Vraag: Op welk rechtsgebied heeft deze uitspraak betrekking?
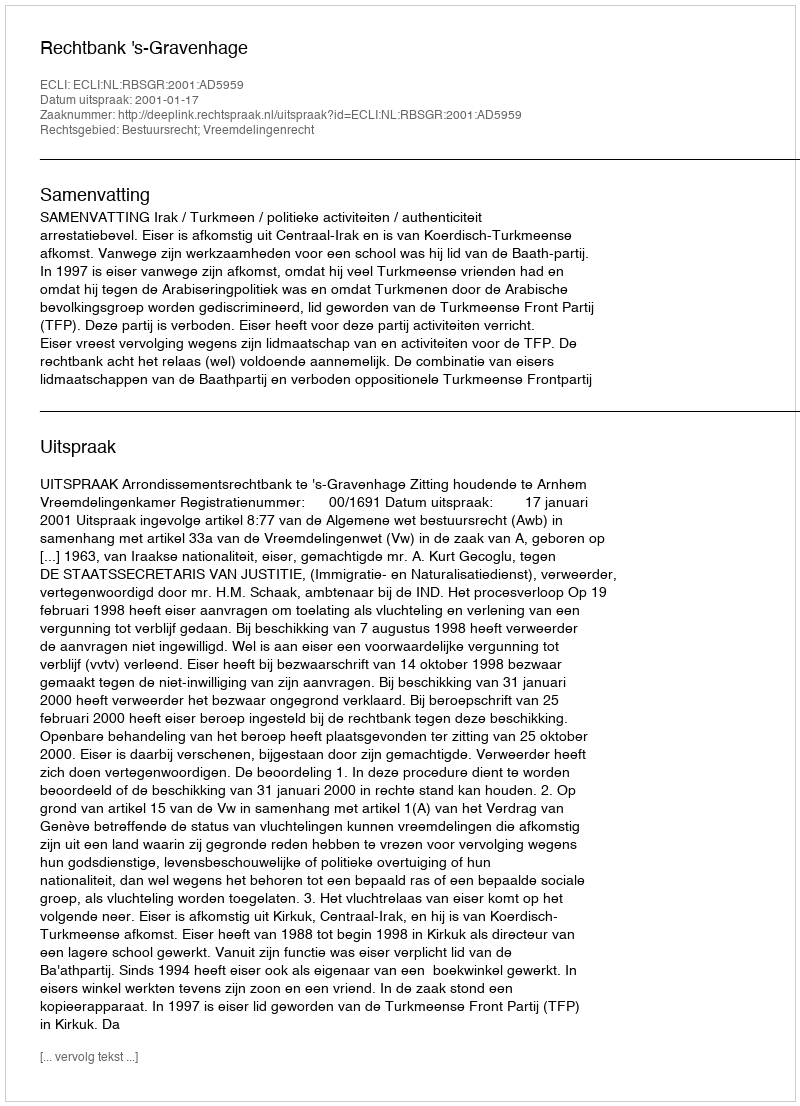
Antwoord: Bestuursrecht; Vreemdelingenrecht